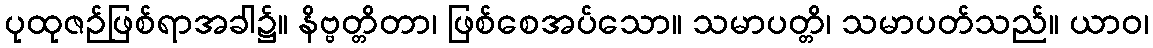
ပုထုဇဉ်ဖြစ်ရာအခါ၌။ နိဗ္ဗတ္တိတာ၊ ဖြစ်စေအပ်သော။ သမာပတ္တိ၊ သမာပတ်သည်။ ယာဝ၊